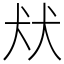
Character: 㹜